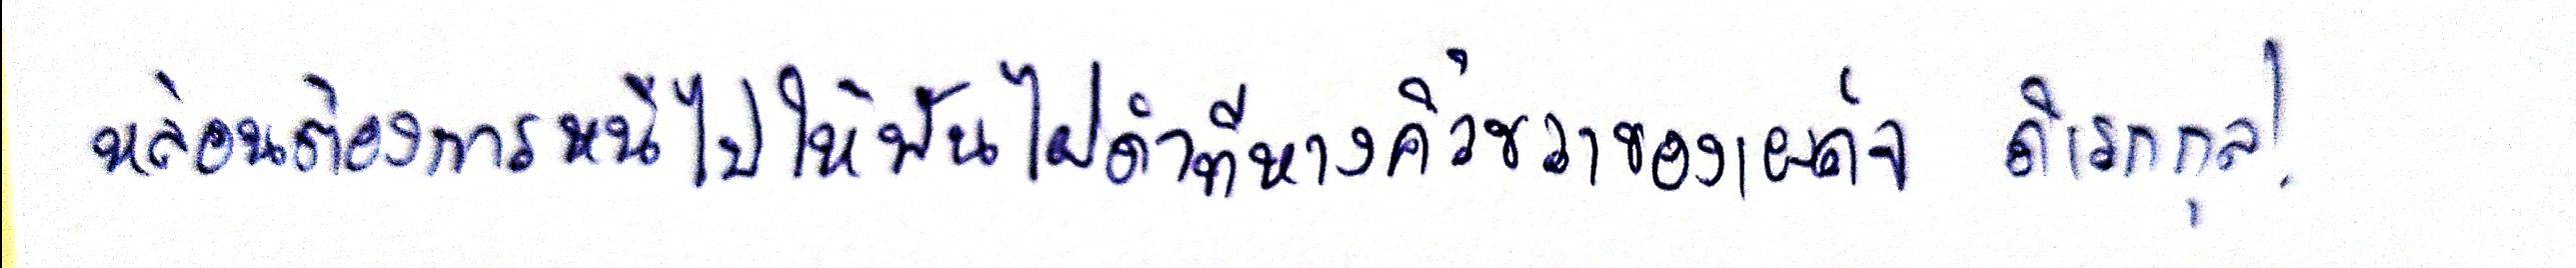
หล่อนต้องการหนีไปให้พ้นไฝดำที่หางคิ้วขวาของเผด็จ ดิเรกกุล!